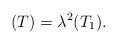
LaTeX: \begin{align*} (T) = \lambda^2 (T_1). \end{align*}